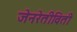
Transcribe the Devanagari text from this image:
जेनरेतीविती